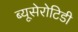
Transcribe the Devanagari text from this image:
ब्यूसेरोटिडी